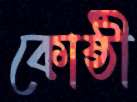
কোষ্ঠী